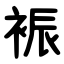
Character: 裖